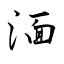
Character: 湎